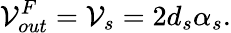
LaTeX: \mathcal{V}_{out}^{F}=\mathcal{V}_{s}=2d_{s}\alpha_{s}.